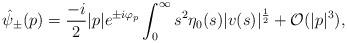
LaTeX: \begin{align*} \hat \psi_\pm (p)= \frac{-i}{2} |p| e^{\pm i\varphi_p}\int_0^\infty s^2 \eta_0(s) |v (s)|^\frac 12 + \mathcal{O} (|p|^3) , \end{align*}